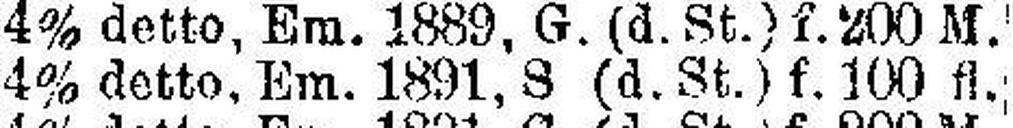
4% detto, Em. 1891, S (d. St.) f. 100 fl.